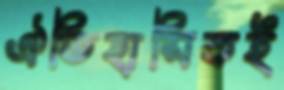
ঐতিহাসিকই